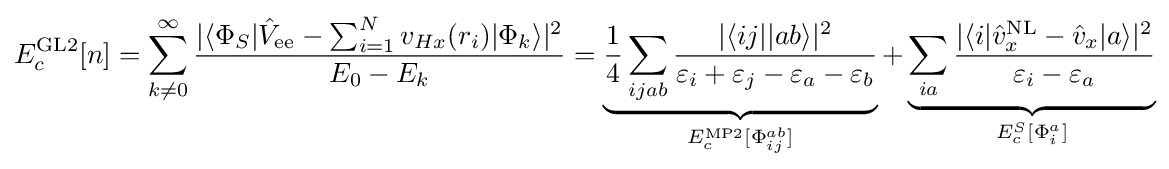
E_{c}^{\text{GL2}}[n]=\sum _{k\neq 0}^{\infty }{\frac {|\langle \Phi _{S}|{\hat {V}}_{\text{ee}}-\sum _{i=1}^{N}v_{Hx}(r_{i})|\Phi _{k}\rangle |^{2}}{E_{0}-E_{k}}}=\underbrace {{\frac {1}{4}}\sum _{ijab}{\frac {|\langle ij||ab\rangle |^{2}}{\varepsilon _{i}+\varepsilon _{j}-\varepsilon _{a}-\varepsilon _{b}}}} _{E_{c}^{\text{MP2}}[\Phi _{ij}^{ab}]}+\underbrace {\sum _{ia}{\frac {|\langle i|{\hat {v}}_{x}^{\text{NL}}-{\hat {v}}_{x}|a\rangle |^{2}}{\varepsilon _{i}-\varepsilon _{a}}}} _{E_{c}^{S}[\Phi _{i}^{a}]}